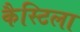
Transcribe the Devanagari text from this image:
कैस्टिला